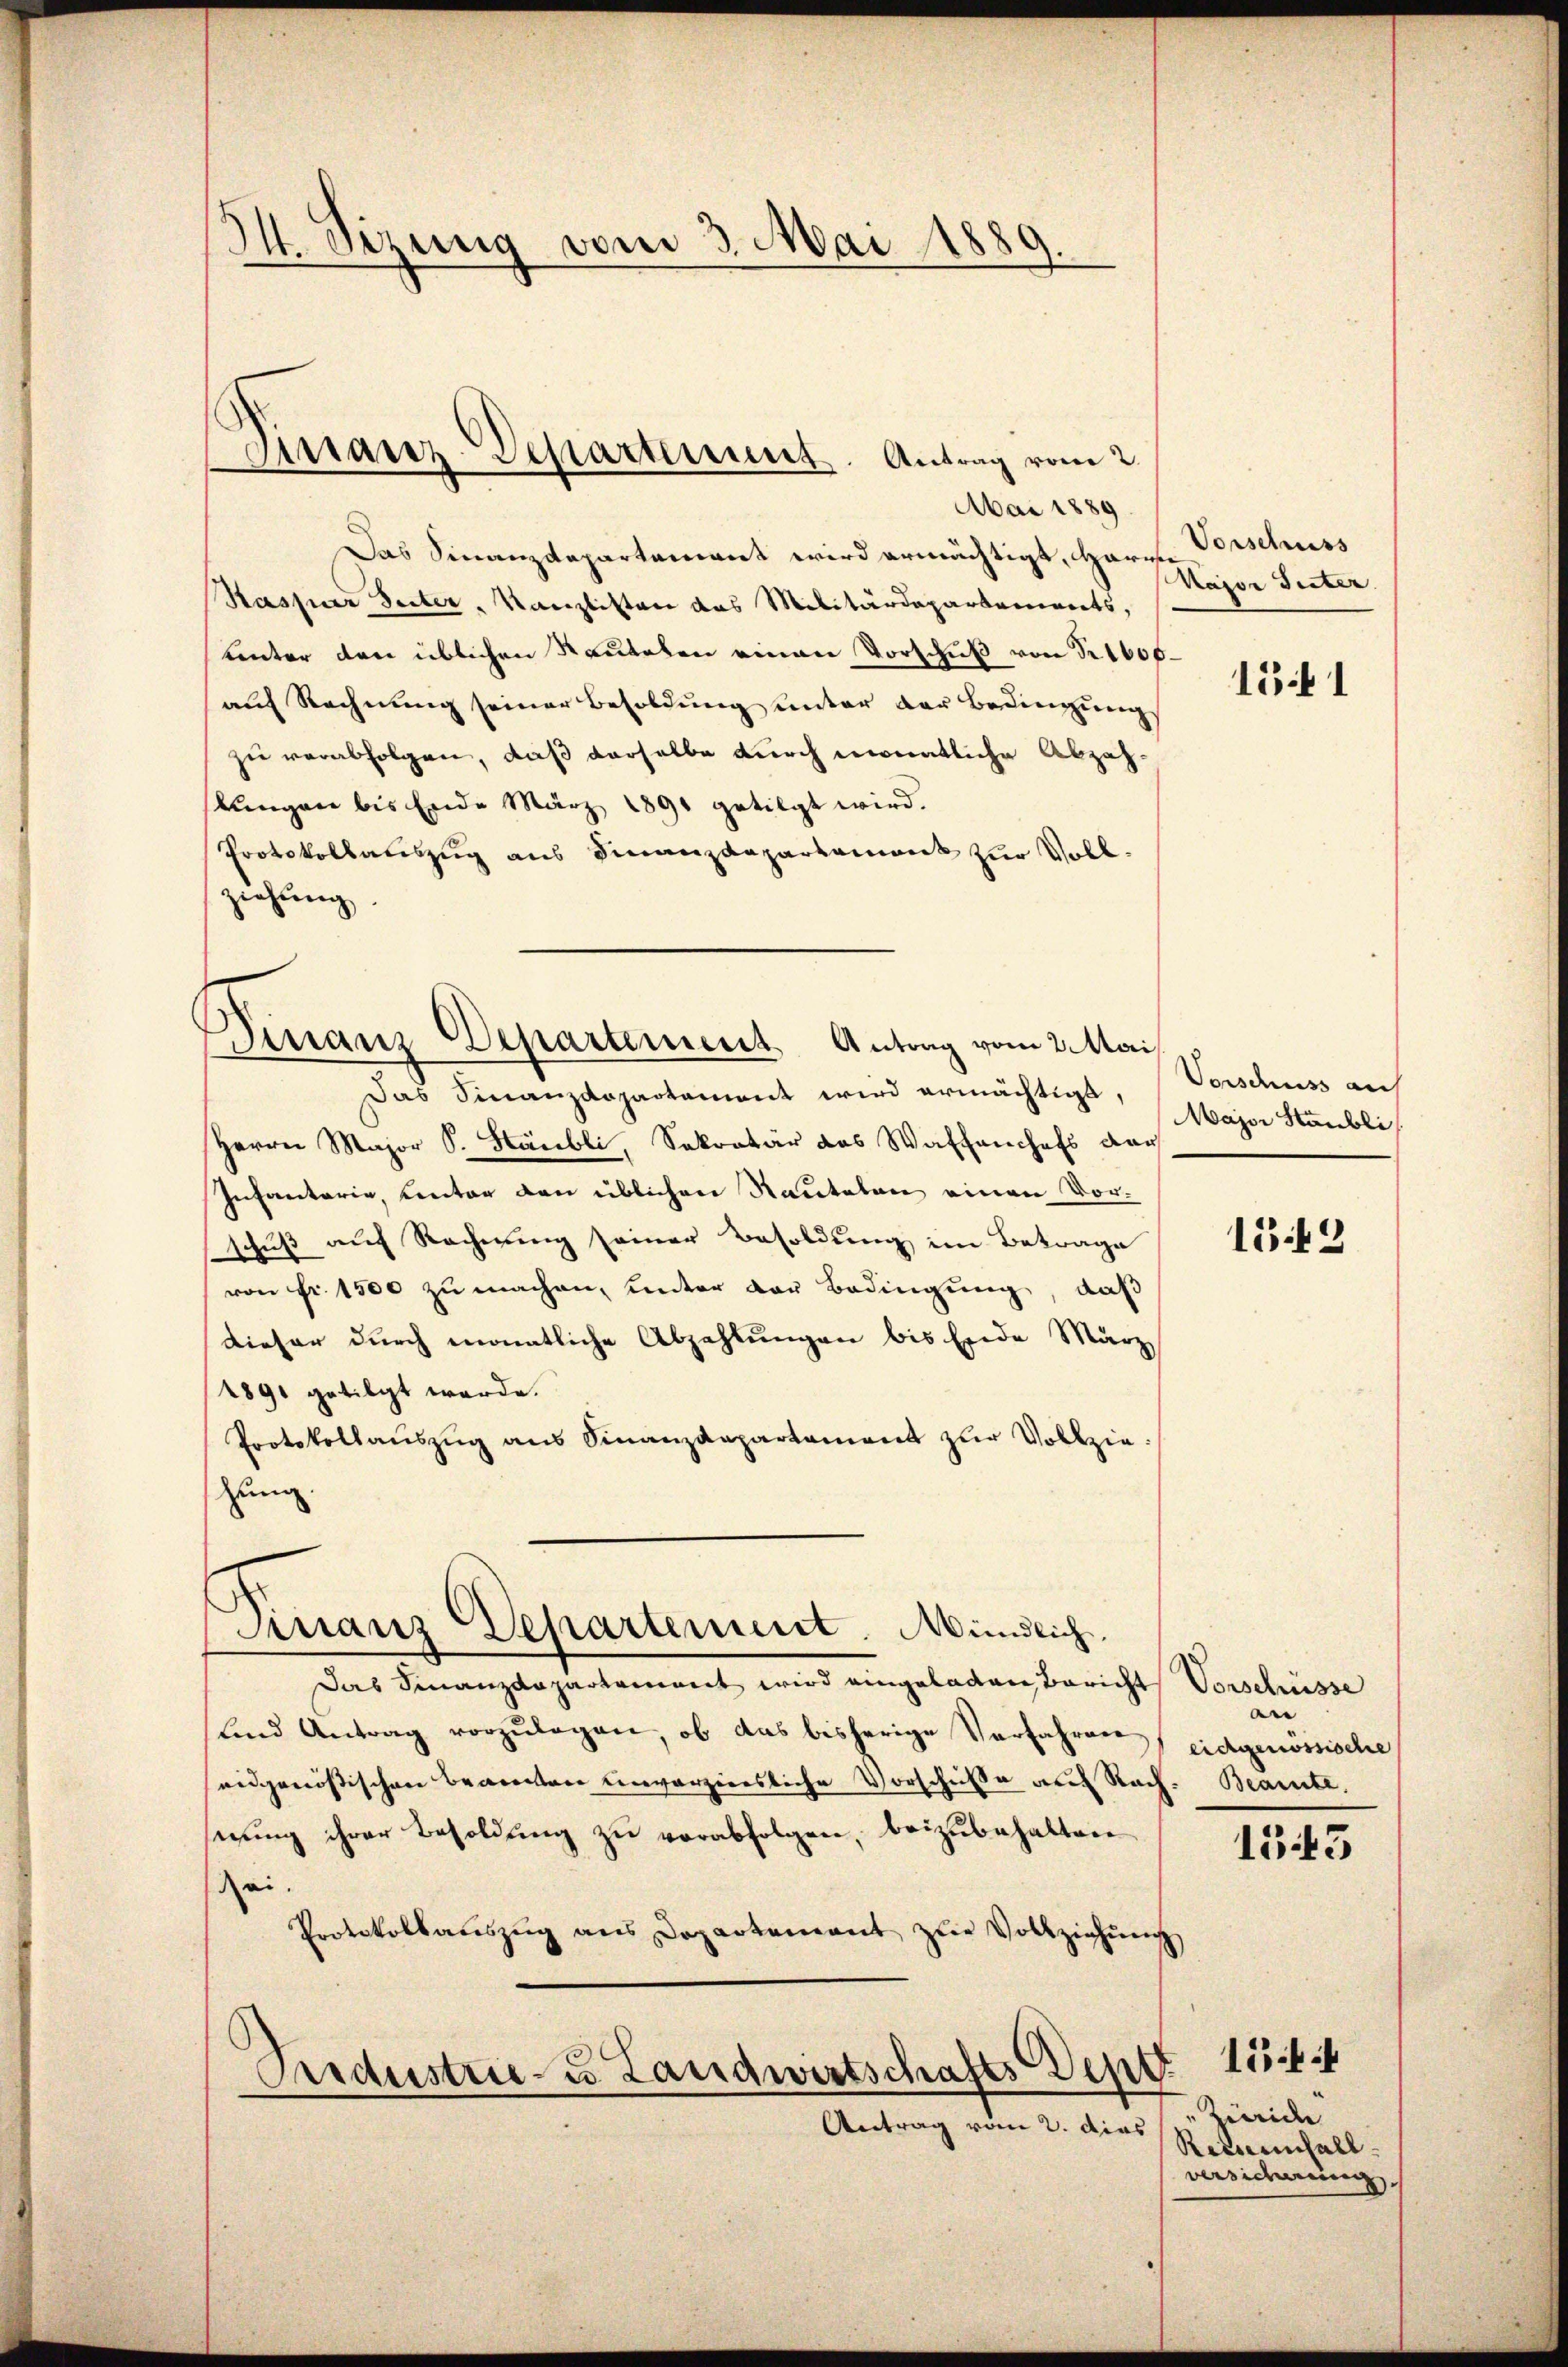
I. Sizung vom 3. Mai 1880
.

Finanz-Departement. Antrag vom 2.

Mai 1889.
Das Finanzdepartement wird ermächtigt, Herrn Beschuss
Kaspar Seiter, Kanzlisten das Militärdepartements,
unter den üblichen Rautelen einen Vorschuß von Nr 1600.
auf Rechnung seiner Besoldung unter der Bedingungs
zu verabfolgen, daß derselbe durch monatliche Abzahslungen bis Ende März 1891 getilgt wird.
Protokollatiszug aus Finanzdepartament zur Vollziehung.
Das Finanzdepartement wird ermächtigt,
Herrn Major S. Stäubli, Sekretär des Waffenhofs der
Infantarie, unter den üblichen Rauteten einen Vorschuß auf Rechnung seiner Besoldung im Betrage
von Fr. 1500 zu machen, unter der Bedingung, daß
dieser durch monatliche Abzahlungen bis Ende März
1891 getilgt werde.
Protokollauszug aus Finanzdepartament zur Vollzie
zung
Finanz-Departement. Mündlich.
Das Finanzdepartement wird eingeladen Bericht
sind Antrag vorzŭlegen, ob das bisherige Verfahren
eidgenössischen Beamten unverzierliche Vorschuße auf Rach. Beamte.
sezung ihrer Besoldung zu verabfolgen, beizubehalten.
Rei.
Protokollaŭszŭg ans Dopartement zŭr Vollziehŭng

Finanz Departement Antrag vom 2 Mai

Andustrie- u. Landwirtschafts Depo
Antrag vom 2. dies

Kajor Suter

1541

Vorschuss auf
Major Staubli

1549

Vorschüsse
n
eichgenössische

1543

154
Zürich
Reisernfall
versicherung